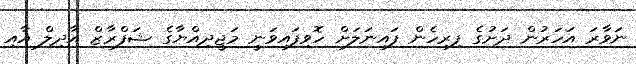
ނަވާރަ އަހަރުން ދަށުގެ ފިރިހެން ފައިނަލަށް ހޮވިފައިވަނީ މަޖީދިއްޔާގެ ޝަފްރާޒް އާދިލް އާއި